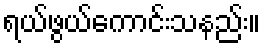
ရယ်ဖွယ်ကောင်းသနည်း။